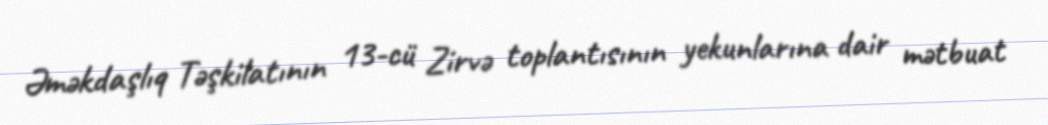
Əməkdaşlıq Təşkilatının 13-cü Zirvə toplantısının yekunlarına dair mətbuat